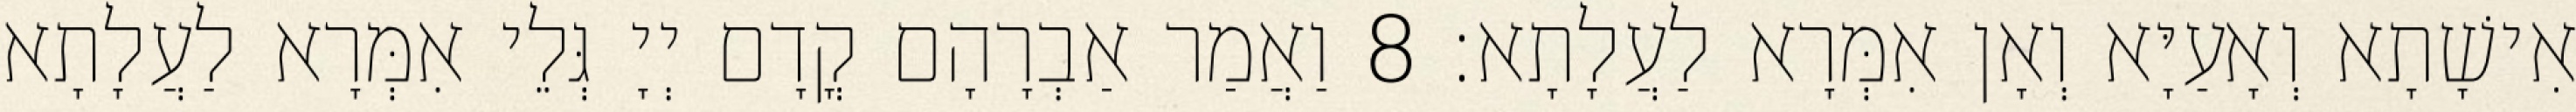
אִישָׁתָא וְאָעַיָּא וְאָן אִמְּרָא לַעֲלָתָא׃ 8 וַאֲמַר אַבְרָהָם קֳדָם יְיָ גְּלֵי אִמְּרָא לַעֲלָתָא